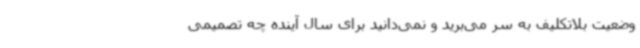
وضعیت بلاتکلیف به سر می‌برید و نمی‌دانید برای سال آینده چه تصمیمی‌